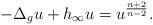
LaTeX: \begin{align*}-\Delta_g u+h_\infty u=u^{\frac{n+2}{n-2}}.\end{align*}